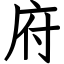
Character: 府